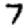
Digit: 7